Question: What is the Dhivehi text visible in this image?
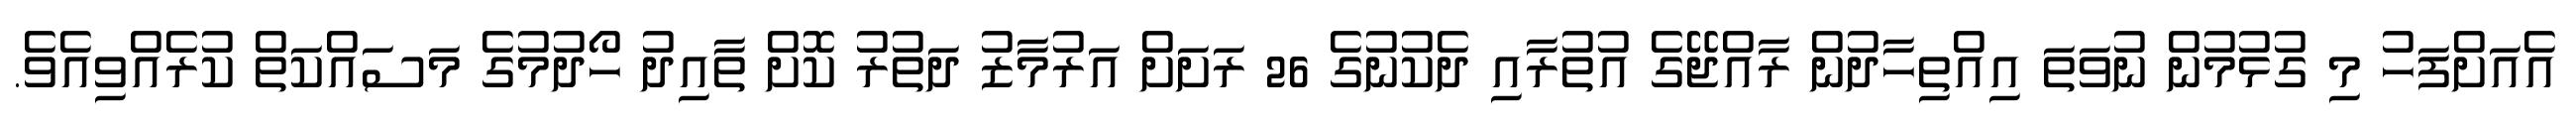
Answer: އެއަށްފަހު މި ގުޅުމުން ނުވަތަ އިއްތިހާދުން ރާއްޖޭގެ އުތުރާއި ދެކުނުގެ 26 ރަށަށް އަރުމާޒު ދަތުރު ކޮށް ތާއިދު ހޯދުމުގެ މަސައްކަތް ކުރެއްވިއެވެ.